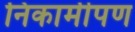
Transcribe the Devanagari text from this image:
निकामीपण